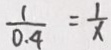
\frac { 1 } { 0 . 4 } = \frac { 1 } { x }